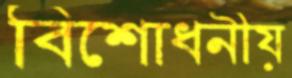
বিশোধনীয়